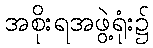
အစိုးရအဖွဲ့ရုံး၌